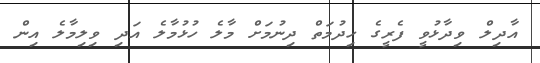
އާދިލް ވިދާޅުވީ ފެރީގެ ހިދުމަތް ދިނުމަށް މާލެ ހުޅުމާލެ އަދި ވިލިމާލެ އިން